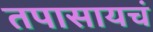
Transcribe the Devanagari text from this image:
तपासायचं